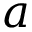
a